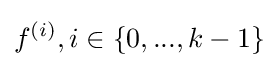
f^{(i)},i\in \{0,...,k-1\}